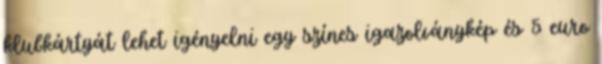
klubkártyát lehet igényelni egy színes igazolványkép és 5 euro